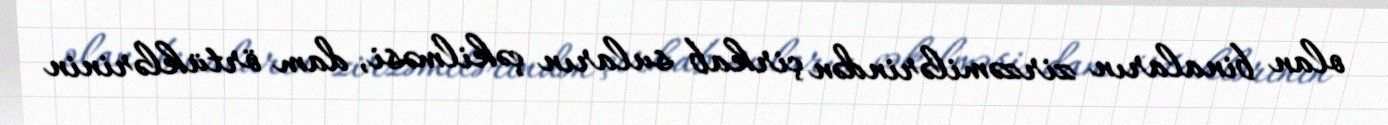
olan binaların zirzəmilərindən çirkab suların çəkilməsi, dam örtüklərinin